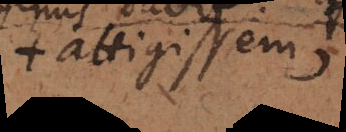
+ altigissem,